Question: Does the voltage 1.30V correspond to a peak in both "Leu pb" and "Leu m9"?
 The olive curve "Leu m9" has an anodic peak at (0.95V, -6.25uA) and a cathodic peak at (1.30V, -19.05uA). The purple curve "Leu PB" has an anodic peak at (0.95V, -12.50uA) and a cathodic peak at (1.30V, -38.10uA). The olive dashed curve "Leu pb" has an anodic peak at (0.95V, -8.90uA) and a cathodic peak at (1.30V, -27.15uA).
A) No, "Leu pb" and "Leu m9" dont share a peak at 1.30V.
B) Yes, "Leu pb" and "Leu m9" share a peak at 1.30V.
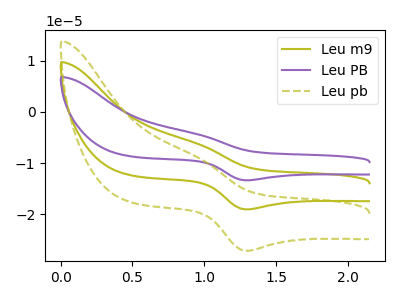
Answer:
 <answer>B) Yes, "Leu pb" and "Leu m9" share a peak at 1.30V.</answer>
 <eval>B</eval>